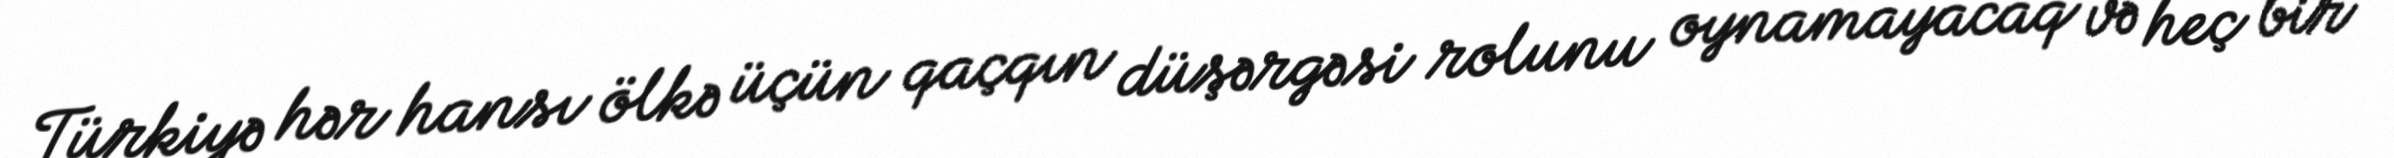
Türkiyə hər hansı ölkə üçün qaçqın düşərgəsi rolunu oynamayacaq və heç bir